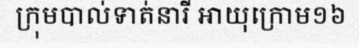
ក្រុមបាល់ទាត់នារី អាយុក្រោម១៦